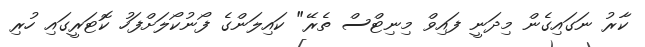
ކާރު ނަގައިގެން މިދަނީ ފައިވް މިނިޓްސް ތެރޭ" ކައިލަންގެ ފޯނުކޯލަށްފަހު ކޮޓަރީގައި ހުރި